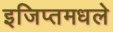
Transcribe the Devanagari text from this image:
इजिप्तमधले